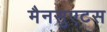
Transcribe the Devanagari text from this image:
मैनसुएटस